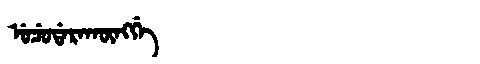
Manchu: ᡠᠴᡠᡩᠠᡵᠠᡴᡡᠩᡤᡝ
Romanization: UCUDARAKŪNGGE